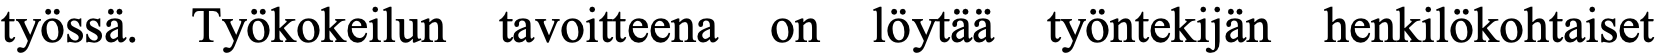
työssä. Työkokeilun tavoitteena on löytää työntekijän henkilökohtaiset